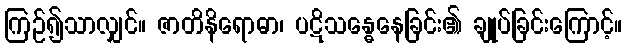
ကြဉ်၍သာလျှင်။ ဇာတိနိရောဓာ၊ ပဋိသန္ဓေနေခြင်း၏ ချုပ်ခြင်းကြောင့်။